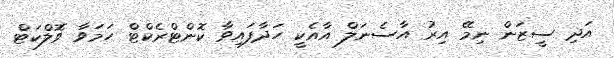
އަދި ސީޒަން ނިމޭ އިރު އާސެނަލް އާއެކީ ހަދާފައިވާ ކޮންޓްރެކްޓް ހަމަވާ ވޮލްކަޓް